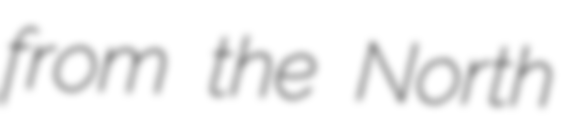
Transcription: from the North